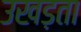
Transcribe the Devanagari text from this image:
उखड़ता